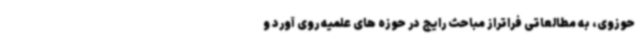
حوزوی، به مطالعاتی فراتراز مباحث رایج در حوزه های علمیه روی آورد و